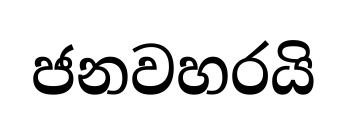
ජනවහරයි